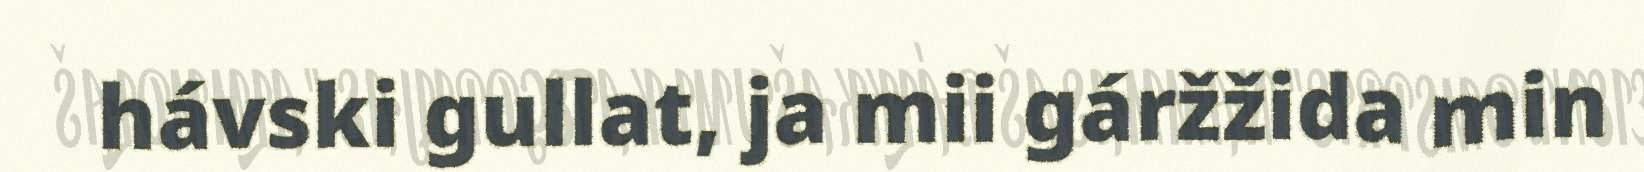
hávski gullat, ja mii gáržžida min